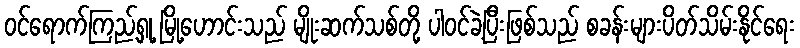
ဝင်ရောက်ကြည့်ရှု့ မြို့ဟောင်းသည် မျိုးဆက်သစ်တို့ ပါဝင်ခဲ့ပြီးဖြစ်သည် စခန်းများပိတ်သိမ်းနိုင်ရေး